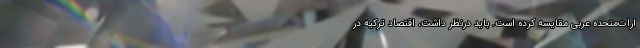
ارات‌متحده عربی مقایسه کرده‌ است. باید درنظر داشت، اقتصاد ترکیه در